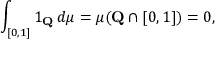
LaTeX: \int _ { [ 0 , 1 ] } 1 _ { \mathbf { Q } } \, d \mu = \mu ( \mathbf { Q } \cap [ 0 , 1 ] ) = 0 ,